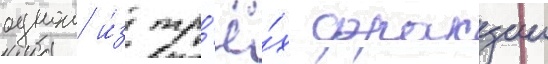
однои и́з тр'ё́х фракции